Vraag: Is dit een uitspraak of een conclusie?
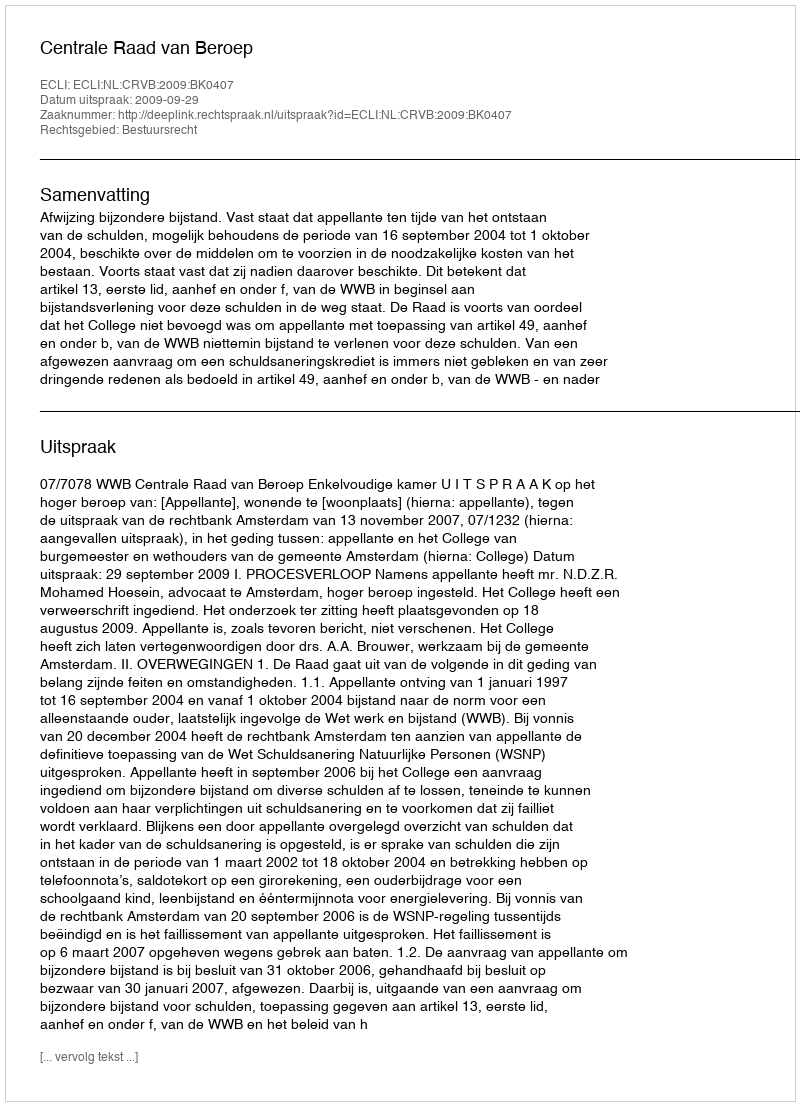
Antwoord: Uitspraak